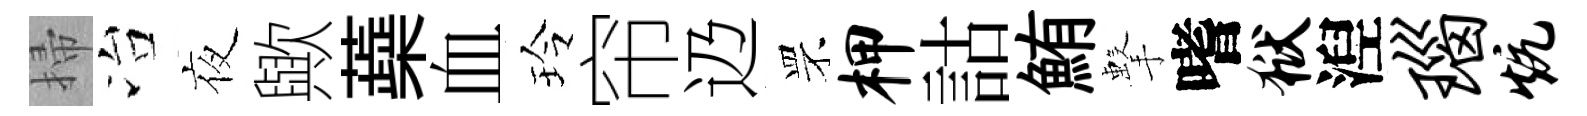
掃冶夜歟蘃血玲帘辸罘柙詁鮪擊嗜狱湼瑙炕